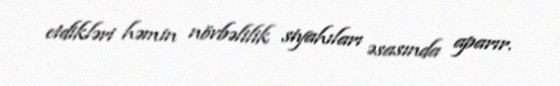
etdikləri həmin növbəlilik siyahıları əsasında aparır.